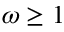
\omega \geq 1